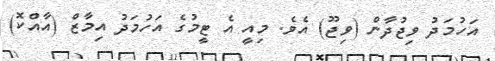
އަހުމަދު ވިޖުދާން (ވިޖޫ) އެވެ. މިއީ އެ ޓީމުގެ އަހުމަދު އިމާޒް (އާއްކޮ)